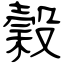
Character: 穀